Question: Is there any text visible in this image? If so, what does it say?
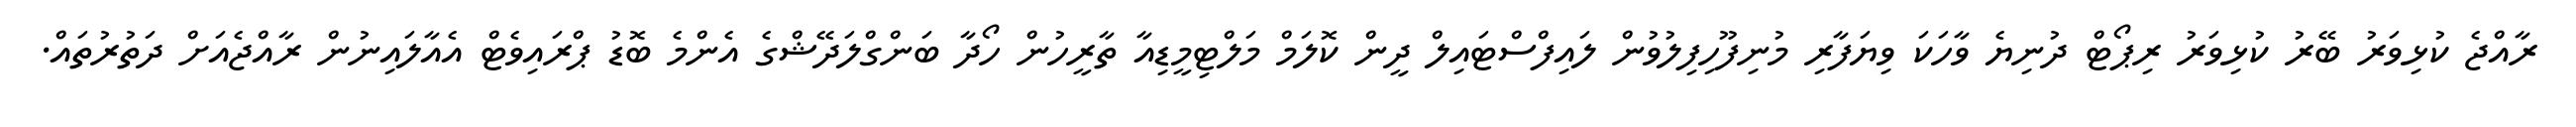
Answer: ރާއްޖެ ކުޅިވަރު ބޭރު ކުޅިވަރު ރިޕޯޓް ދުނިޔެ ވާހަކަ ވިޔަފާރި މުނިފޫހިފިލުވުން ލައިފްސްޓައިލް ދީން ކޮލަމް މަލްޓިމީޑިއާ ތާރީހުން ހޯދާ ބަންގްލަދޭޝްގެ އެންމެ ބޮޑު ޕްރައިވެޓް އެއާލައިނުން ރާއްޖެއަށް ދަތުރުތައް.